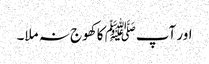
اور آپﷺ کا کھوج نہ ملا۔